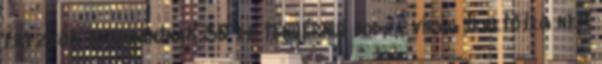
érezzük buggyantnak 30 db tenyérnyi bodza virág lehetőleg nem